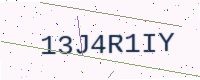
Text: 13J4R1IY